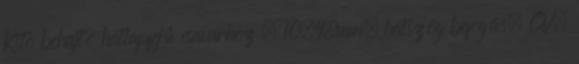
Kito behajtó hatlapfejű csavarhoz ; 10×48mm, hatszög befogás, CV,